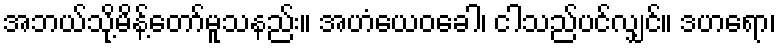
အဘယ်သို့မိန့်တော်မူသနည်း။ အဟံယေဝခေါ၊ ငါသည်ပင်လျှင်။ ဒဟရော၊